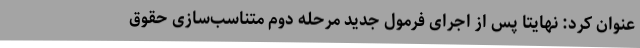
عنوان کرد: نهایتاً پس از اجرای فرمول جدید مرحله دوم متناسب‌سازی حقوق